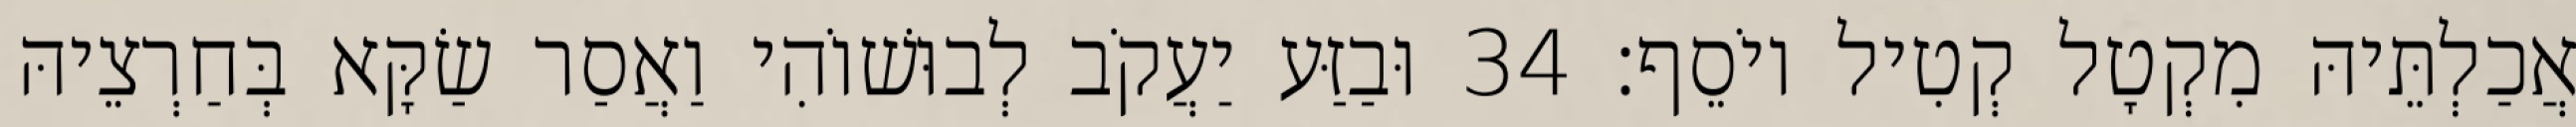
אֲכַלְתֵּיהּ מִקְטָל קְטִיל יוֹסֵף׃ 34 וּבַזַּע יַעֲקֹב לְבוּשׁוֹהִי וַאֲסַר שַׂקָּא בְּחַרְצֵיהּ